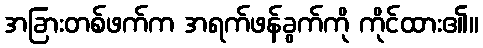
အခြားတစ်ဖက်က အရက်ဖန်ခွက်ကို ကိုင်ထား၏။